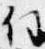
任